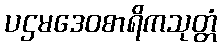
ပဌမဒေဝစာရိကသုတ္တံ